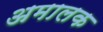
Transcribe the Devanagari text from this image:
अमालक